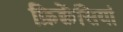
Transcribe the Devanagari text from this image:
फ्रिक्वेंसियां